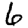
Digit: 6